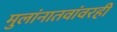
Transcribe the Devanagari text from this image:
मुलांनातवांवरही